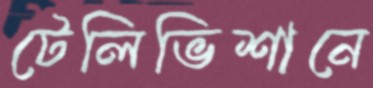
টেলিভিশানে